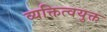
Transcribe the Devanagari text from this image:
व्यक्तित्वयुक्त